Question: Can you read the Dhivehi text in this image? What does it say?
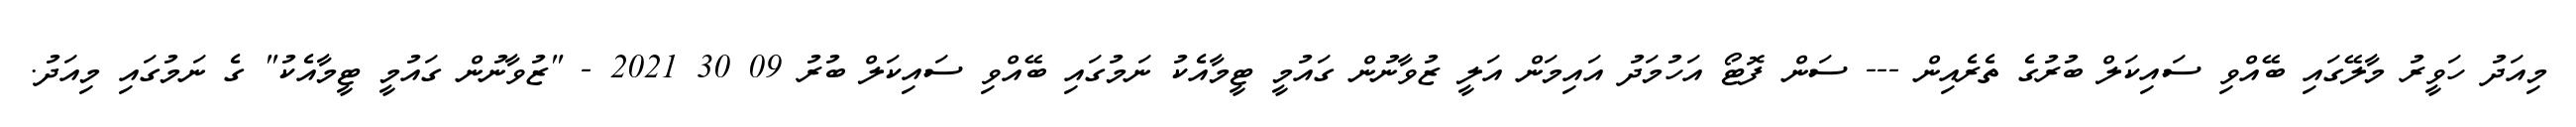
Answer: މިއަދު ހަވީރު މާލޭގައި ބޭއްވި ސައިކަލް ބުރުގެ ތެރެއިން --- ސަން ފޮޓޯ އަހުމަދު އައިމަން އަލީ ޒުވާނުން ގައުމީ ޓީމާއެކު ނަމުގައި ބޭއްވި ސައިކަލް ބުރު 09 30 2021 - "ޒުވާނުން ގައުމީ ޓީމާއެކު" ގެ ނަމުގައި މިއަދު.